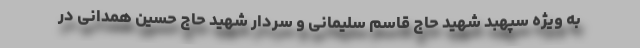
به ویژه سپهبد شهید حاج قاسم سلیمانی و سردار شهید حاج حسین همدانی در